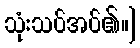
သုံးသပ်အပ်၏။]